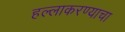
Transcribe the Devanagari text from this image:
हल्लाकरण्याचा